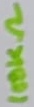
Text: 100KΩ